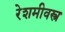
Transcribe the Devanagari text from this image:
रेशमीवस्त्र